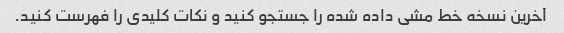
آخرین نسخه خط مشی داده شده را جستجو کنید و نکات کلیدی را فهرست کنید.